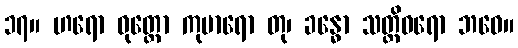
၁၇။ ဟရော ဝုတ္တော ကုမာရော တု၊ ခန္ဓော သတ္တိဓရော ဘဝေ။